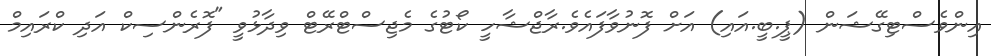
އިންވެސްޓިގޭޝަން (ޕީ.ބީ.އައި) އަށް ފޮނުވާފައެވެ.ރާޖްޝާހީ ކޯޓުގެ މެޖިސްޓްރޭޓް ވިދާޅުވީ "ފޮރެންސިކް އަދި ކްރައިމް